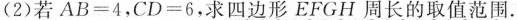
(2)若AB=4，CD=6，求四边形EFGH周长的取值范围.